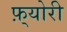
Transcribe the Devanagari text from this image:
फ़्योरी